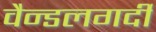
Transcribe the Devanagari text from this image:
वैन्डलगर्दी